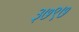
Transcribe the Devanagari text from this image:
३७९७